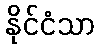
နိုင်ငံသာ